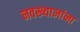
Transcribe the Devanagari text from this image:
नवख्याज्ञांना